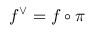
f ^ { \vee } = f \circ \pi